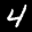
Label: 4